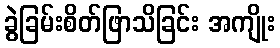
ခွဲခြမ်းစိတ်ဖြာသိခြင်း အကျိုး